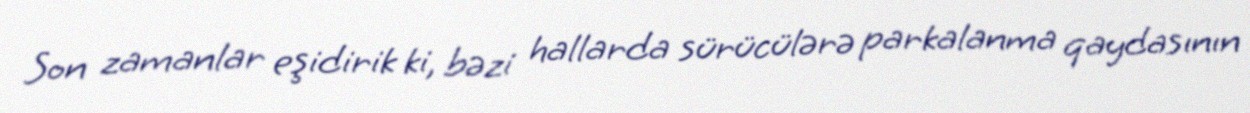
Son zamanlar eşidirik ki, bəzi hallarda sürücülərə parkalanma qaydasının